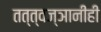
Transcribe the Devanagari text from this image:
तत्त्वज्ञानीही